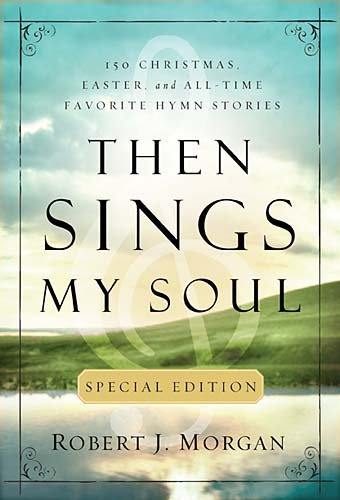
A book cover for Then Sings My Soul Special Edition; Robert Morgan; Christian Books & Bibles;